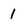
Character: 1